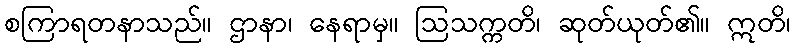
စကြာရတနာသည်။ ဌာနာ၊ နေရာမှ။ ဩသက္ကတိ၊ ဆုတ်ယုတ်၏။ ဣတိ၊